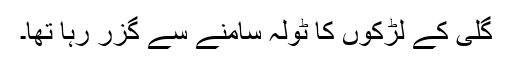
گلی کے لڑکوں کا ٹولہ سامنے سے گزر رہا تھا۔